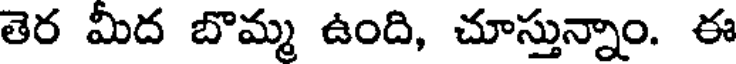
తెర మీద బొమ్మ ఉంది, చూస్తున్నాం. ఈ